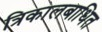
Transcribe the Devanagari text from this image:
त्रिकालबाधित